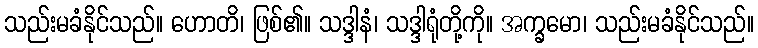
သည်းမခံနိုင်သည်။ ဟောတိ၊ ဖြစ်၏။ သဒ္ဒါနံ၊ သဒ္ဒါရုံတို့ကို။ အက္ခမော၊ သည်းမခံနိုင်သည်။